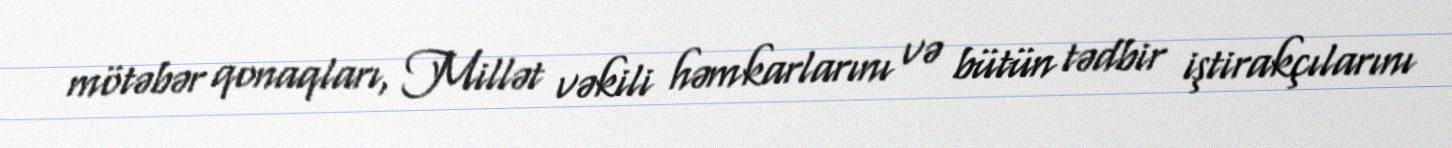
mötəbər qonaqları, Millət vəkili həmkarlarını və bütün tədbir iştirakçılarını